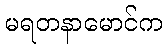
မရတနာမောင်က